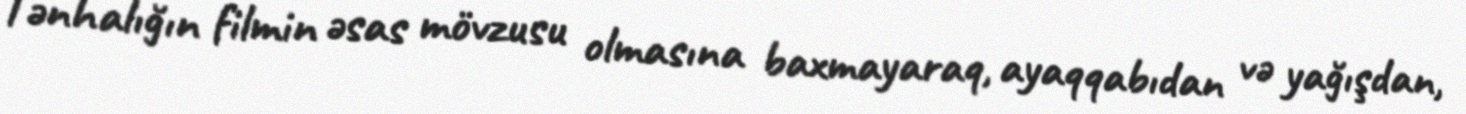
Tənhalığın filmin əsas mövzusu olmasına baxmayaraq, ayaqqabıdan və yağışdan,